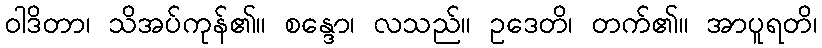
ဝါဒိတာ၊ သိအပ်ကုန်၏။ စန္ဒော၊ လသည်။ ဥဒေတိ၊ တက်၏။ အာပူရတိ၊